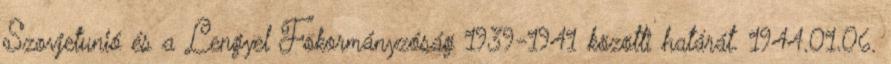
Szovjetunió és a Lengyel Fõkormányzóság 1939-1941 közötti határát. 1944.01.06.